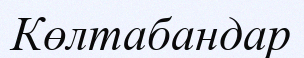
Көлтабандар